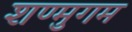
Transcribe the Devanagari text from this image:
शण्मुगम